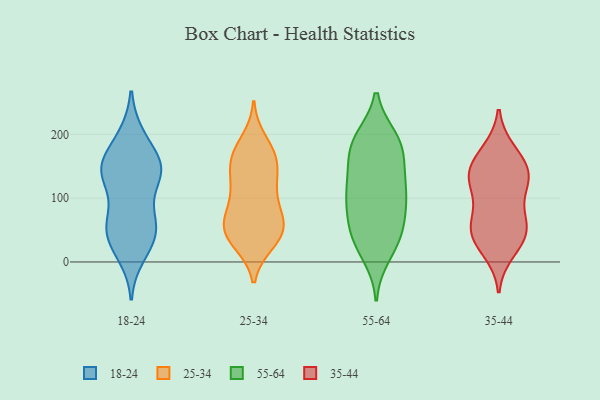
{"axis": {"x": "Inventory Turnover", "y": "Value"}, "legend": ["18-24", "25-34", "35-44", "55-64"], "data": [{"x": "", "y": 54, "type": "18-24"}, {"x": "", "y": 149, "type": "18-24"}, {"x": "", "y": 138, "type": "18-24"}, {"x": "", "y": 50, "type": "18-24"}, {"x": "", "y": 152, "type": "18-24"}, {"x": "", "y": 131, "type": "18-24"}, {"x": "", "y": 144, "type": "18-24"}, {"x": "", "y": 129, "type": "18-24"}, {"x": "", "y": 141, "type": "18-24"}, {"x": "", "y": 73, "type": "18-24"}, {"x": "", "y": 166, "type": "18-24"}, {"x": "", "y": 10, "type": "18-24"}, {"x": "", "y": 198, "type": "18-24"}, {"x": "", "y": 52, "type": "18-24"}, {"x": "", "y": 55, "type": "18-24"}, {"x": "", "y": 26, "type": "18-24"}, {"x": "", "y": 26, "type": "18-24"}, {"x": "", "y": 150, "type": "18-24"}, {"x": "", "y": 75, "type": "18-24"}, {"x": "", "y": 198, "type": "18-24"}, {"x": "", "y": 121, "type": "25-34"}, {"x": "", "y": 165, "type": "25-34"}, {"x": "", "y": 67, "type": "25-34"}, {"x": "", "y": 31, "type": "25-34"}, {"x": "", "y": 170, "type": "25-34"}, {"x": "", "y": 74, "type": "25-34"}, {"x": "", "y": 39, "type": "25-34"}, {"x": "", "y": 44, "type": "25-34"}, {"x": "", "y": 189, "type": "25-34"}, {"x": "", "y": 166, "type": "25-34"}, {"x": "", "y": 92, "type": "25-34"}, {"x": "", "y": 52, "type": "25-34"}, {"x": "", "y": 158, "type": "25-34"}, {"x": "", "y": 59, "type": "25-34"}, {"x": "", "y": 124, "type": "25-34"}, {"x": "", "y": 57, "type": "25-34"}, {"x": "", "y": 34, "type": "25-34"}, {"x": "", "y": 144, "type": "25-34"}, {"x": "", "y": 111, "type": "25-34"}, {"x": "", "y": 187, "type": "55-64"}, {"x": "", "y": 147, "type": "55-64"}, {"x": "", "y": 53, "type": "55-64"}, {"x": "", "y": 176, "type": "55-64"}, {"x": "", "y": 28, "type": "55-64"}, {"x": "", "y": 103, "type": "55-64"}, {"x": "", "y": 193, "type": "55-64"}, {"x": "", "y": 42, "type": "55-64"}, {"x": "", "y": 80, "type": "55-64"}, {"x": "", "y": 66, "type": "55-64"}, {"x": "", "y": 123, "type": "55-64"}, {"x": "", "y": 184, "type": "55-64"}, {"x": "", "y": 112, "type": "55-64"}, {"x": "", "y": 111, "type": "55-64"}, {"x": "", "y": 154, "type": "55-64"}, {"x": "", "y": 193, "type": "55-64"}, {"x": "", "y": 11, "type": "55-64"}, {"x": "", "y": 96, "type": "55-64"}, {"x": "", "y": 35, "type": "55-64"}, {"x": "", "y": 134, "type": "35-44"}, {"x": "", "y": 127, "type": "35-44"}, {"x": "", "y": 168, "type": "35-44"}, {"x": "", "y": 129, "type": "35-44"}, {"x": "", "y": 73, "type": "35-44"}, {"x": "", "y": 139, "type": "35-44"}, {"x": "", "y": 56, "type": "35-44"}, {"x": "", "y": 57, "type": "35-44"}, {"x": "", "y": 52, "type": "35-44"}, {"x": "", "y": 145, "type": "35-44"}, {"x": "", "y": 17, "type": "35-44"}, {"x": "", "y": 33, "type": "35-44"}, {"x": "", "y": 40, "type": "35-44"}, {"x": "", "y": 174, "type": "35-44"}, {"x": "", "y": 109, "type": "35-44"}]}